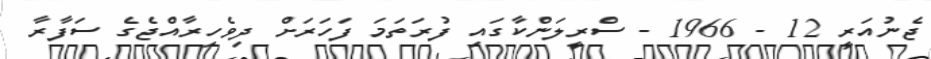
ޖެނުއަރީ 12 - 1966 - ސްރީލަންކާގައި ފުރަތަމަ ފަހަރަށް ދިވެހިރާއްޖެގެ ސަފާރާ